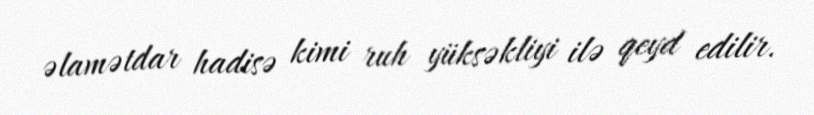
əlamətdar hadisə kimi ruh yüksəkliyi ilə qeyd edilir.